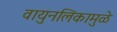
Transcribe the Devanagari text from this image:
वायुनलिकामुळे